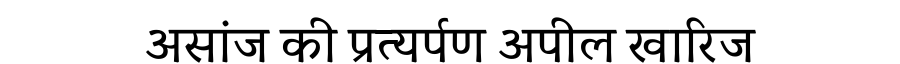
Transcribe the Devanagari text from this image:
असांज की प्रत्यर्पण अपील खारिज